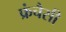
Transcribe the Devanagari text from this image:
फ्रंचैसी